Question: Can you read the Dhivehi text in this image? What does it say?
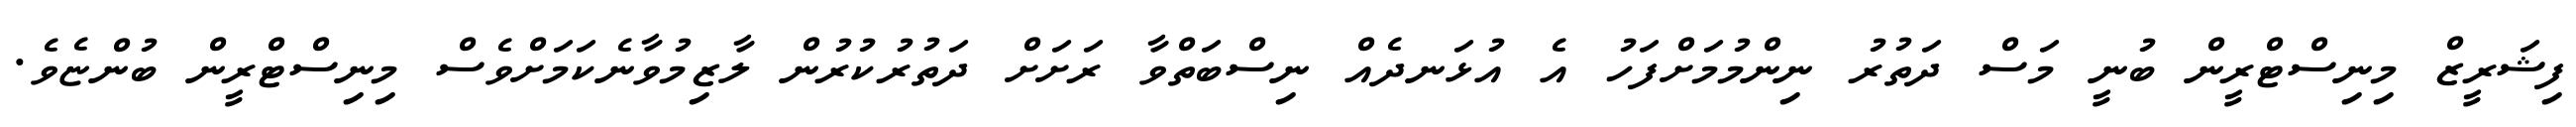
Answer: ފިޝަރީޒް މިނިސްޓްރީން ބުނީ މަސް ދަތުރު ނިންމުމަށްފަހު އެ އުޅަނދެއް ނިސްބަތްވާ ރަށަށް ދަތުރުކުރުން ލާޒިމުވާނެކަމަށްވެސް މިނިސްޓްރީން ބުންޏެވެ.